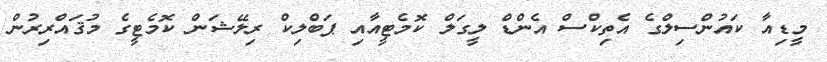
މީޑިއާ ކައުންސިލްގެ އެތިކްސް އެންޑް ލީގަލް ކޮމެޓީއާއި ޕަބްލިކް ރިލޭޝަން ކޮމެޓީގެ މުޤައްރިރުން